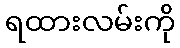
ရထားလမ်းကို